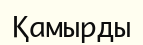
Қамырды